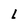
Character: l